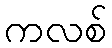
ကလစ်